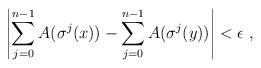
LaTeX: \begin{align*}\left| \sum_{j=0}^{n-1} A(\sigma^j(x)) - \sum_{j=0}^{n-1} A(\sigma^j(y)) \right| < \epsilon \ ,\end{align*}